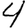
Digit: 4